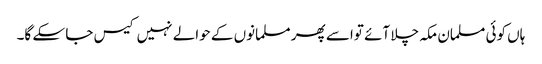
ہاں کوئی مسلمان مکہ چلا آئے تواسے پھر مسلمانوں کے حوالے نہیں کیس جا سکے گا۔